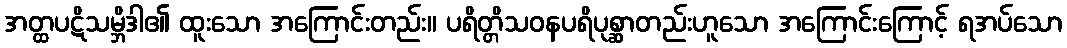
အတ္ထပဋိသမ္ဘိဒါ၏ ထူးသော အကြောင်းတည်း။ ပရိတ္တိသဝနပရိပုစ္ဆာတည်းဟူသော အကြောင်းကြောင့် ရအပ်သော